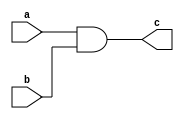
module and_beh(
	input a,
	input b,
	output reg c);

always @(*)
begin
	c = a&b;
end

endmodule